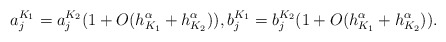
\begin{align*}a_{j}^{K_{1}}=a_{j}^{K_{2}}(1+O(h_{K_{1}}^{\alpha}+h_{K_{2}}^{\alpha})),b_{j}^{K_{1}}=b_{j}^{K_{2}}(1+O(h_{K_{1}}^{\alpha}+h_{K_{2}}^{\alpha})).\end{align*}